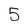
Character: 5